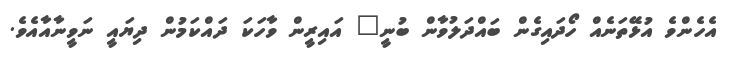
އެހެންވެ އުޅޭތަނެއް ހޯދައިގެން ބައްދަލުވާން ބުނީ" އައިރީން ވާހަކަ ދައްކަމުން ދިޔައީ ނަވީނާއާއެވެ.